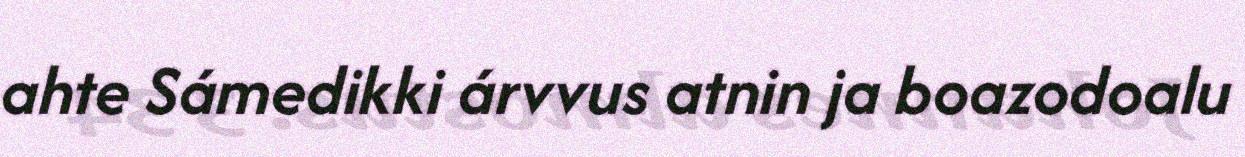
ahte Sámedikki árvvus atnin ja boazodoalu